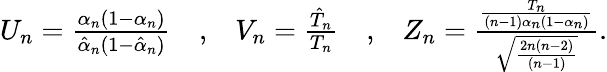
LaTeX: \begin{array}{rlrlr}{U_{n}=\frac{\alpha_{n}(1-\alpha_{n})}{\hat{\alpha}_{n}(1-\hat{\alpha}_{n})}}&{\mathrm{,}}&{V_{n}=\frac{\hat{T}_{n}}{T_{n}}}&{\mathrm{,}}&{Z_{n}=\frac{\frac{T_{n}}{(n-1)\alpha_{n}(1-\alpha_{n})}}{\sqrt{\frac{2n(n-2)}{(n-1)}}}.}\end{array}